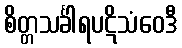
စိတ္တသင်္ခါရပဋိသံဝေဒီ